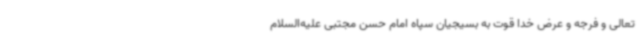
تعالی و فرجه و عرض خدا قوت به بسیجیان سپاه امام حسن مجتبی علیه‌السلام